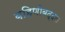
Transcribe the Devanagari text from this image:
बहिणीबद्दल